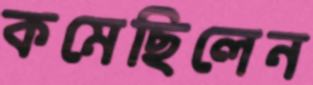
কমেছিলেন